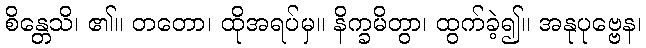
စိန္တေသိ၊ ၏။ တတော၊ ထိုအရပ်မှ။ နိက္ခမိတွာ၊ ထွက်ခဲ့၍။ အနုပုဗ္ဗေန၊